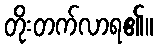
တိုးတက်လာရ၏။